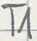
Text: T1